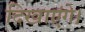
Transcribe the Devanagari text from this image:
दिखाएंगे।